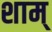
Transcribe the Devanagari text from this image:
शाम्